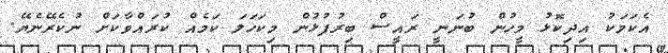
އެކަމަކު އިދިކޮޅު މީހުން ބުނަނީ ރައީސް ބިރުފުޅުން މިކަހަލަ ކަމެއް ކުރައްވާކަށް ނުކެރޭނެޔޭ.